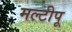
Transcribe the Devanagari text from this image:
मल्टीपू